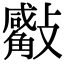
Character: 𣀣